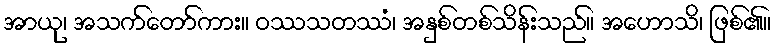
အာယု၊ အသက်တော်ကား။ ဝဿသတဿံ၊ အနှစ်တစ်သိန်းသည်။ အဟောသိ၊ ဖြစ်၏။